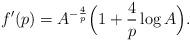
LaTeX: \begin{align*} f'(p) = A^{-\frac{4}p} \Big( 1 + \frac4p \log A \Big).\end{align*}